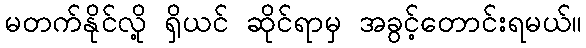
မတက်နိုင်လို့ ရှိယင် ဆိုင်ရာမှ အခွင့်တောင်းရမယ်။